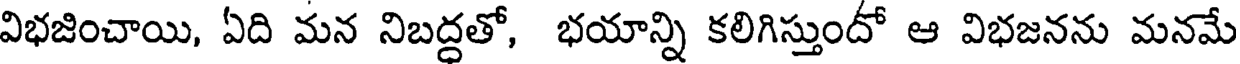
విభజించాయి, ఏది మన నిబద్దతో, భయాన్ని కలిగిస్తుందో ఆ విభజనను మనమే